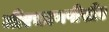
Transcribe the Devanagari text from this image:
जीएचएनपीसीए